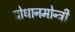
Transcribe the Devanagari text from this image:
प्रोधानमोन्त्री